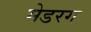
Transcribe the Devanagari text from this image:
मेडरग